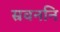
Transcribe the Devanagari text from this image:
स्रवननि